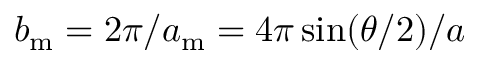
b _ { \mathrm { m } } = 2 \pi / a _ { \mathrm { m } } = 4 \pi \sin ( \theta / 2 ) / a